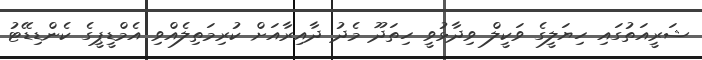
ޝަރީއަތުގައި ހިޔަލީގެ ވަކީލް ވިދާޅުވީ ހިތަދޫ މެދު ދާއިރާއަށް ކުރިމަތިލެއްވި އެމްޑީޕީގެ ކެންޑިޑޭޓު